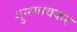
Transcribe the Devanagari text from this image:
गुमगावकर